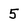
Character: 5